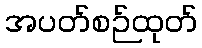
အပတ်စဉ်ထုတ်